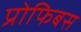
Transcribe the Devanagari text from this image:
प्रोफिबस